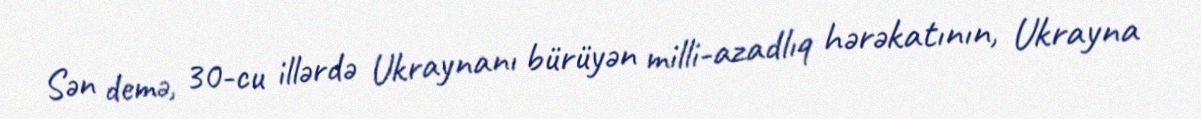
Sən demə, 30-cu illərdə Ukraynanı bürüyən milli-azadlıq hərəkatının, Ukrayna